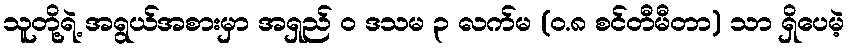
သူတို့ရဲ့ အရွယ်အစားမှာ အရှည် ၀ ဒသမ ၃ လက်မ (၀.၈ စင်တီမီတာ) သာ ရှိပေမဲ့